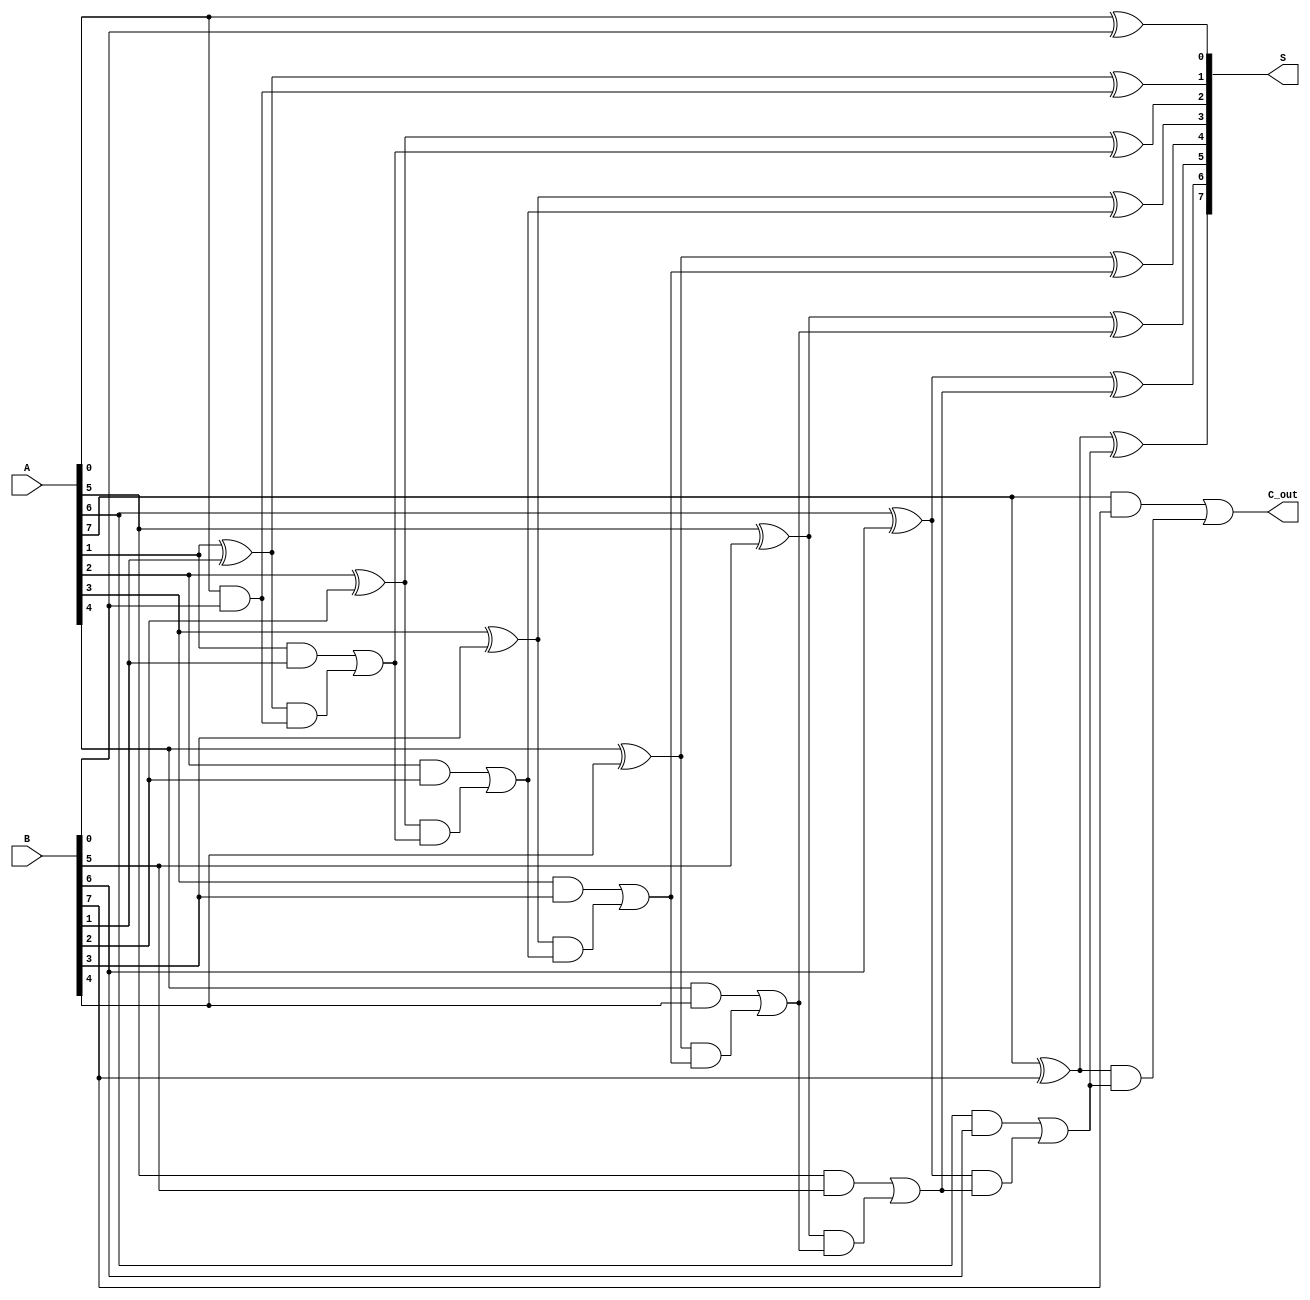
module KoggeStoneAdder #(parameter N = 8) (
    input  [N-1:0] A,  // First operand
    input  [N-1:0] B,  // Second operand
    output [N-1:0] S,  // Sum output
    output          C_out // Carry out
);

    // Generate and propagate signals
    wire [N-1:0] G; // Generate
    wire [N-1:0] P; // Propagate

    genvar i;
    generate
        for (i = 0; i < N; i = i + 1) begin : generate_propagate
            assign G[i] = A[i] & B[i]; // G_i = A_i * B_i
            assign P[i] = A[i] ^ B[i]; // P_i = A_i + B_i (XOR)
        end
    endgenerate

    // Carry signals
    wire [N:0] C; // C[0] is the carry-in, C[N] is the carry-out
    assign C[0] = 1'b0; // C_0 = 0

    // Prefix computation stage
    generate
        for (i = 1; i <= N; i = i + 1) begin : prefix_computation
            assign C[i] = G[i-1] | (P[i-1] & C[i-1]);
        end
    endgenerate

    // Sum computation stage
    generate
        for (i = 0; i < N; i = i + 1) begin : sum_computation
            assign S[i] = P[i] ^ C[i]; // S_i = P_i + C_{i-1}
        end
    endgenerate

    // Assign carry out
    assign C_out = C[N];

endmodule